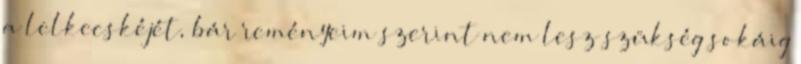
a lelkecskéjét, bár reményeim szerint nem lesz szükség sokáig